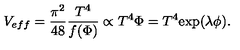
V _ { e f f } = \frac { \pi ^ { 2 } } { 4 8 } \frac { T ^ { 4 } } { f ( \Phi ) } \propto T ^ { 4 } \Phi = T ^ { 4 } \mathrm { e x p } ( \lambda \phi ) .